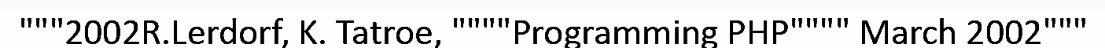
"""2002R.Lerdorf, K. Tatroe, """"Programming PHP"""" March 2002"""